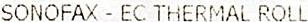
SONOFAX - EC THERMAL ROLL